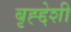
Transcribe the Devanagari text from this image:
बृह्द्देशी